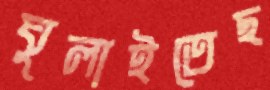
ঘুলাইতেছ